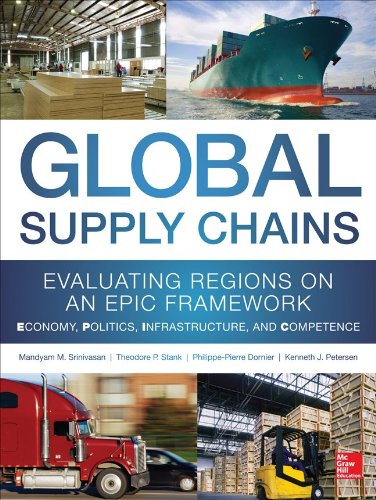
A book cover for Global Supply Chains: Evaluating Regions on an EPIC Framework - Economy, Politics, Infrastructure, and Competence: "EPIC" Structure - Economy, Politics, Infrastructure, and Competence; Mandyam Srinivasan; Business & Money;